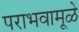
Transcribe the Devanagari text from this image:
पराभवामूळे